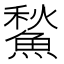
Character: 𩹤